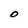
Character: O